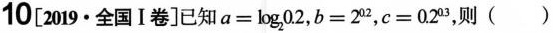
10[2019·全国Ⅰ卷]已知$$a=log_{2}0.2$$，$$b=2^{0.2}$$，$$c=0.2^{0.3}$$，则( )